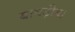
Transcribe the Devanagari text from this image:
बावड़ीया